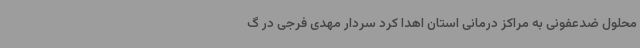
محلول ضدعفونی به مراکز درمانی استان اهدا کرد سردار مهدی فرجی در گ